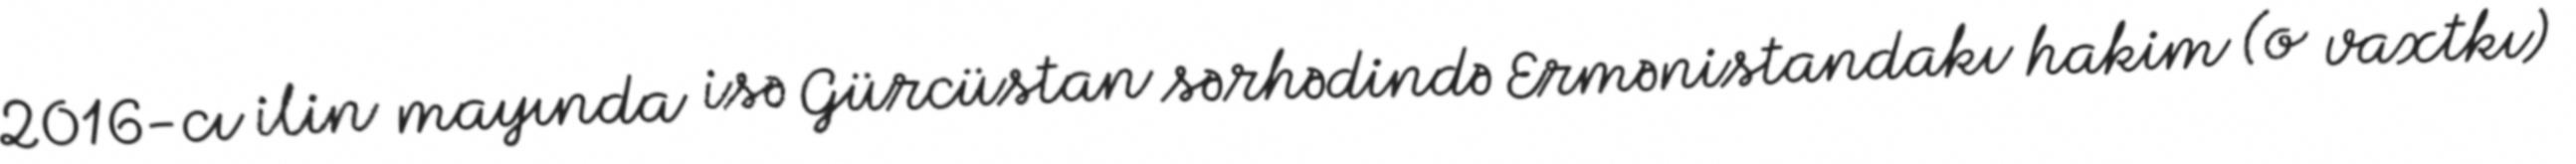
2016-cı ilin mayında isə Gürcüstan sərhədində Ermənistandakı hakim (o vaxtkı)